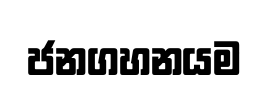
ජනගහනයම